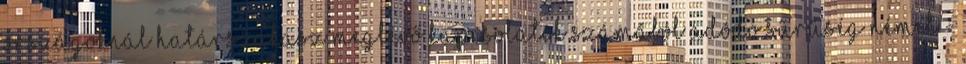
országoknál Határszakasz Meglévő kapcsolatok számából adódó sűrűség német -